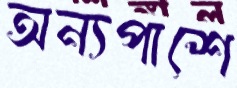
অন্যপাশে